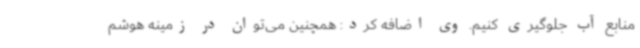
منابع آب جلوگیری کنیم. وی اضافه کرد: همچنین می‌توان در زمینه هوشم